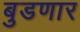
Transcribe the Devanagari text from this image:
बुडणार